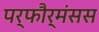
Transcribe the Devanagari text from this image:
पर्फौर्मंसस